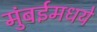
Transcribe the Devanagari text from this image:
मुंबईमधये